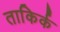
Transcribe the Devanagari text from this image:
ताकिर्क